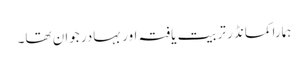
ہمارا کمانڈر تربیت یافتہ اور بہادر جوان تھا۔